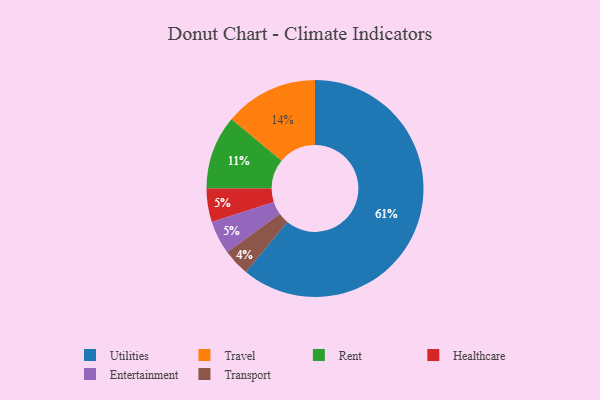
{"axis": {"x": "Category", "y": "Percentage"}, "legend": ["Entertainment", "Healthcare", "Rent", "Transport", "Travel", "Utilities"], "data": [{"x": "Healthcare", "y": 5, "type": "Healthcare"}, {"x": "Transport", "y": 4, "type": "Transport"}, {"x": "Utilities", "y": 61, "type": "Utilities"}, {"x": "Rent", "y": 11, "type": "Rent"}, {"x": "Entertainment", "y": 5, "type": "Entertainment"}, {"x": "Travel", "y": 14, "type": "Travel"}]}